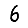
Digit: 6